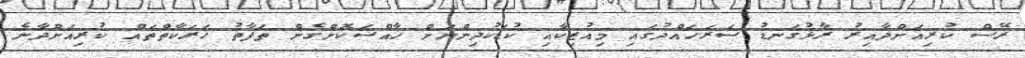
ރޭސް ކުރިއަށްދާއިރު ރާޅުގަނޑު ސަރަހައްދުގައި މިއުޒިކާއި ކުޑަކުދިންނަށް ޚާއްސަކޮށްގެން ތަފާތު ހަރަކާތްތައް ކުރިއަށްދާނެ